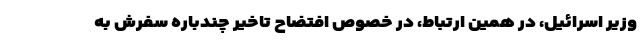
وزیر اسرائیل، در همین ارتباط، در خصوص افتضاح تاخیر چندباره سفرش به